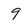
Character: 9